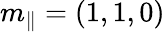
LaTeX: m_{\parallel}=(1,1,0)